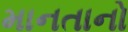
માનતાનો